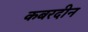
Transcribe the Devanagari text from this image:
कबरदीन